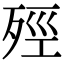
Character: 殌